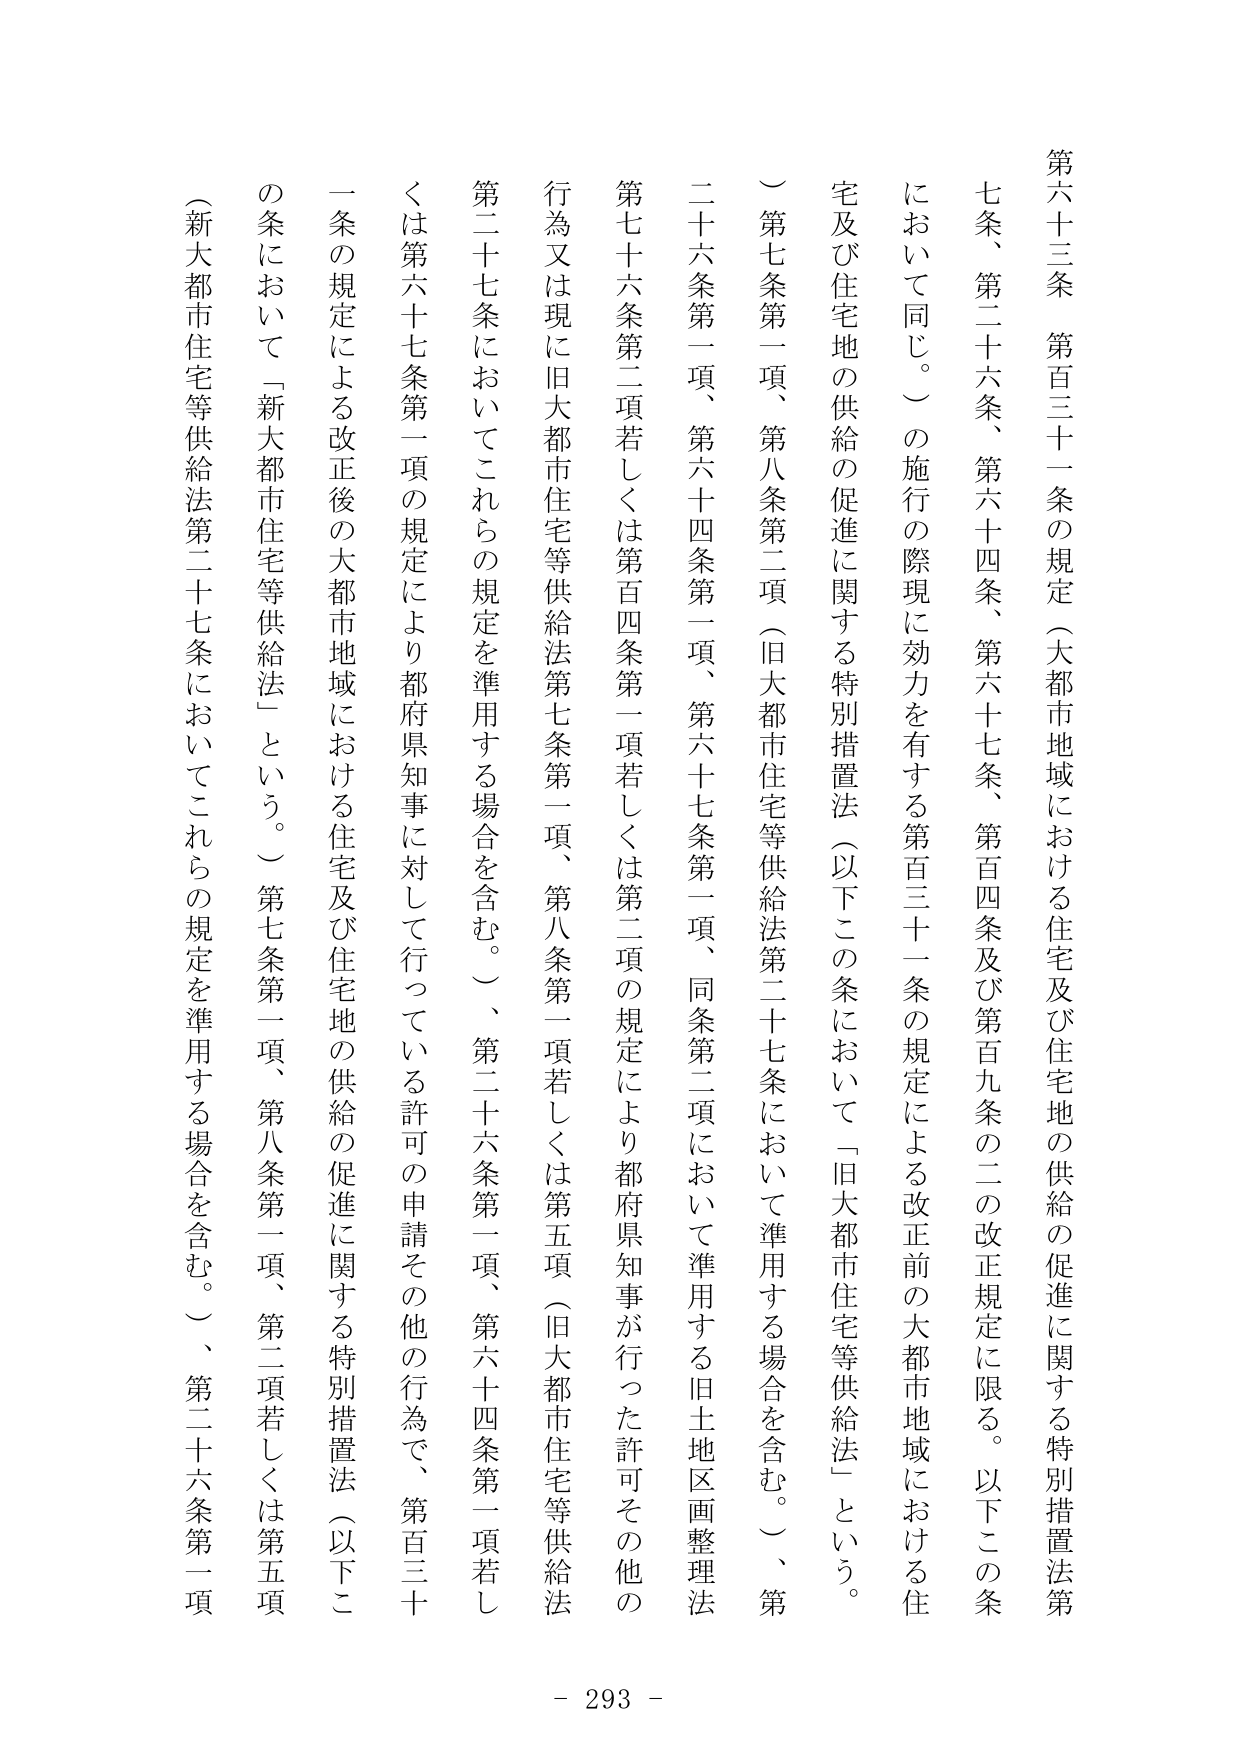
第六十三条　第百三十一条の規定（大都市地域における住宅及び住宅地の供給の促進に関する特別措置法第七条、第二十六条、第六十四条、第六十七条、第百四条及び第百九条の二の改正規定に限る。以下この条において同じ。）の施行の際現に効力を有する第百三十一条の規定による改正前の大都市地域における住宅及び住宅地の供給の促進に関する特別措置法（以下この条において「旧大都市住宅等供給法」という。）第七条第一項、第八条第二項（旧大都市住宅等供給法第二十七条において準用する場合を含む。）、第二十六条第一項、第六十四条第一項、第六十七条第一項、同条第二項において準用する旧土地区画整理法第七十六条第二項若しくは第百四条第一項若しくは第二項の規定により都府県知事が行った許可その他の行為又は現に旧大都市住宅等供給法第七条第一項、第八条第一項若しくは第五項（旧大都市住宅等供給法第二十七条においてこれらの規定を準用する場合を含む。）、第二十六条第一項、第六十四条第一項若しくは第六十七条第一項の規定により都府県知事に対して行っている許可の申請その他の行為で、第百三十一条の規定による改正後の大都市地域における住宅及び住宅地の供給の促進に関する特別措置法（以下この条において「新大都市住宅等供給法」という。）第七条第一項、第八条第一項、第二項若しくは第五項（新大都市住宅等供給法第二十七条においてこれらの規定を準用する場合を含む。）、第二十六条第一項

- 293 -